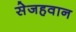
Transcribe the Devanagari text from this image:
सेजहवान